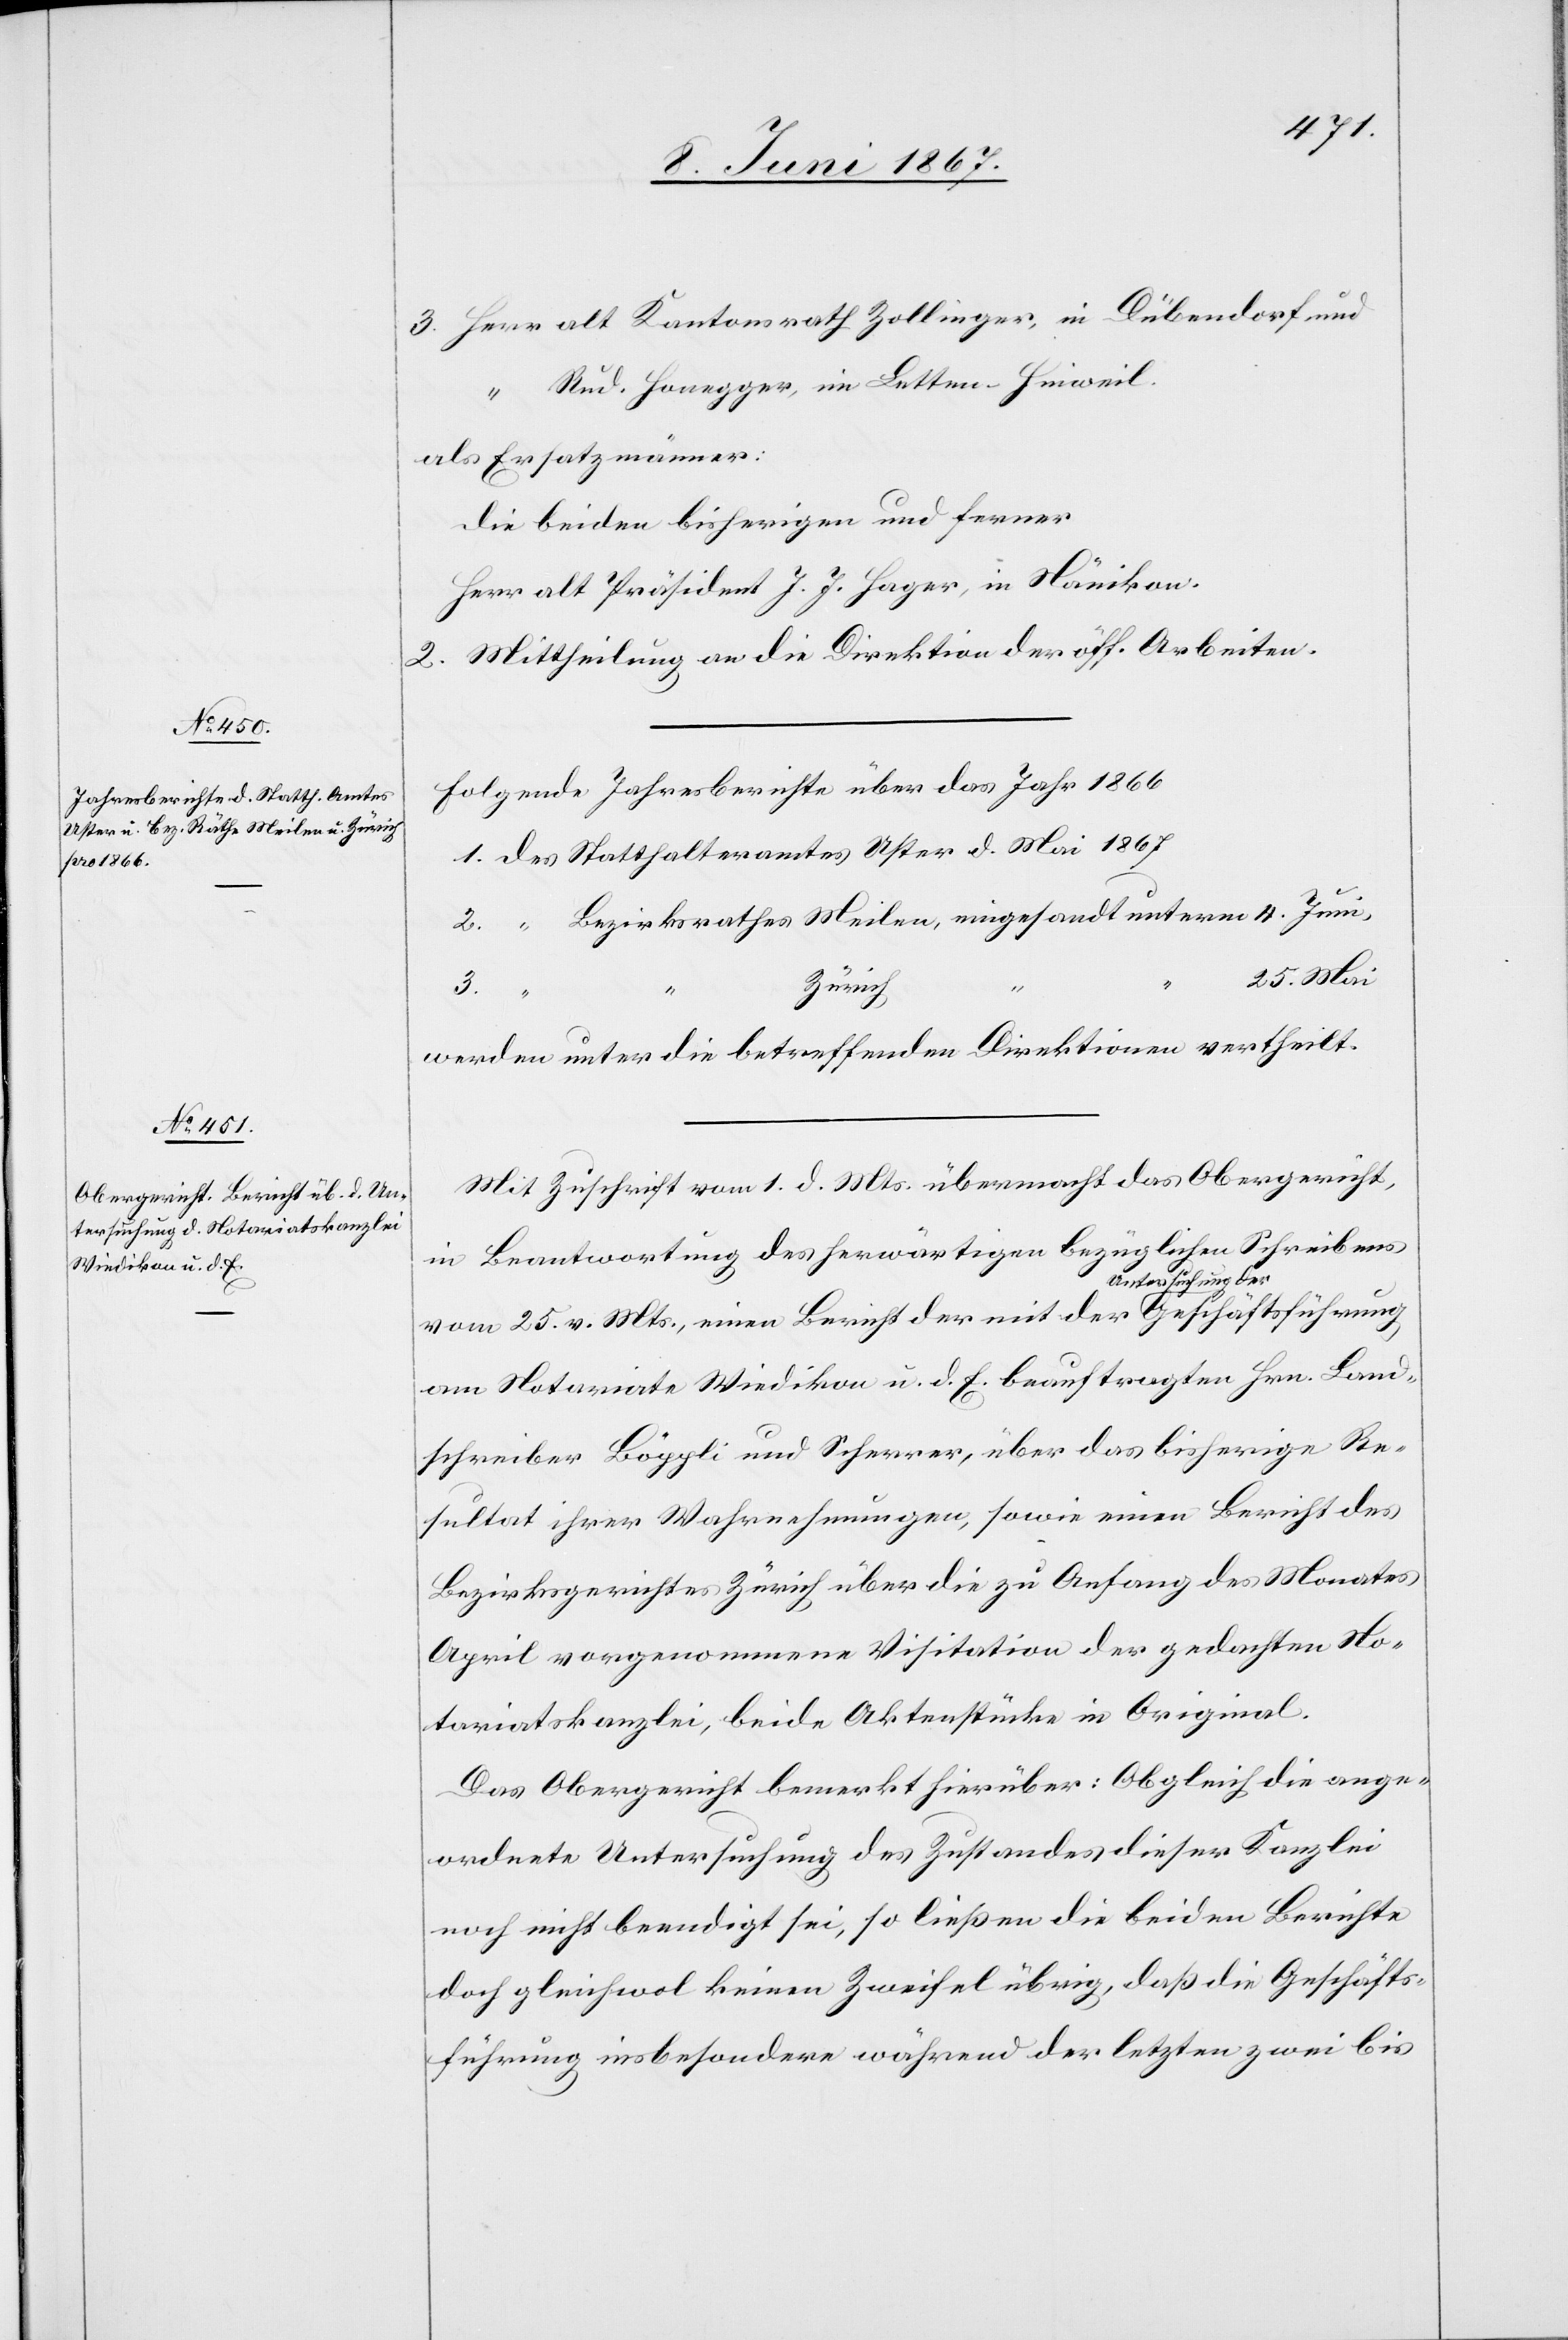
3. Herr alt Kantonsrath Zollinger, in Dübendorf und
“ Rud. Honegger, in Latten-Hinweil.
als Ersatzmänner:
die beiden bisherigen und ferner
Herr alt Präsident J. J. Hager, in Nänikon.
2. Mittheilung an die Direktion der öff. Arbeiten.
Folgende Jahresberichte über das Jahr 1866
1. des Statthalteramtes Uster d. Mai 1867
2. “ Bezirksrathes Meilen, eingesandt unterm 4. Juni,
25. Mai
Zürich
3.
werden unter die betreffenden Direktionen vertheilt.
Mit Zuschrift vom 1. d. Mts. übermacht das Obergericht,
in Beantwortung des herwärtigen bezüglichen Schreibens
vom 25. v. Mts., einen Bericht der mit der Untersuchung der
am Notariate Wiedikon u. d. E. beauftragten Hrn. Land¬
schreiber Böppli und Scherrer, über das bisherige Re¬
sultat ihrer Wahrnehmungen, sowie einen Bericht des
Bezirksgerichtes Zürich über die zu Anfang des Monates
April vorgenommene Visitation der gedachten No¬
tariatskanzlei, beide Aktenstücke in Original.
Das Obergericht bemerkt hierüber: Obgleich die ange¬
ordnete Untersuchung des Zustandes dieser Kanzlei
noch nicht beendigt sei, so ließen die beiden Berichte
doch gleichwol keinen Zweifel übrig, daß die Geschäfts¬
führung insbesondere während der letzten zwei bis